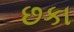
છકા